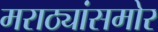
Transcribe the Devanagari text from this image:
मराठ्यांसमोर